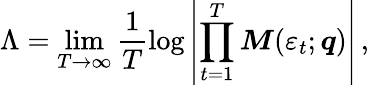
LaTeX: \Lambda=\operatorname*{lim}_{T\to\infty}\frac{1}{T}\log\left|\prod_{t=1}^{T}\boldsymbol{M}(\varepsilon_{t};\boldsymbol{q})\right|\, ,